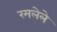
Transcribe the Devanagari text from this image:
रमलेले